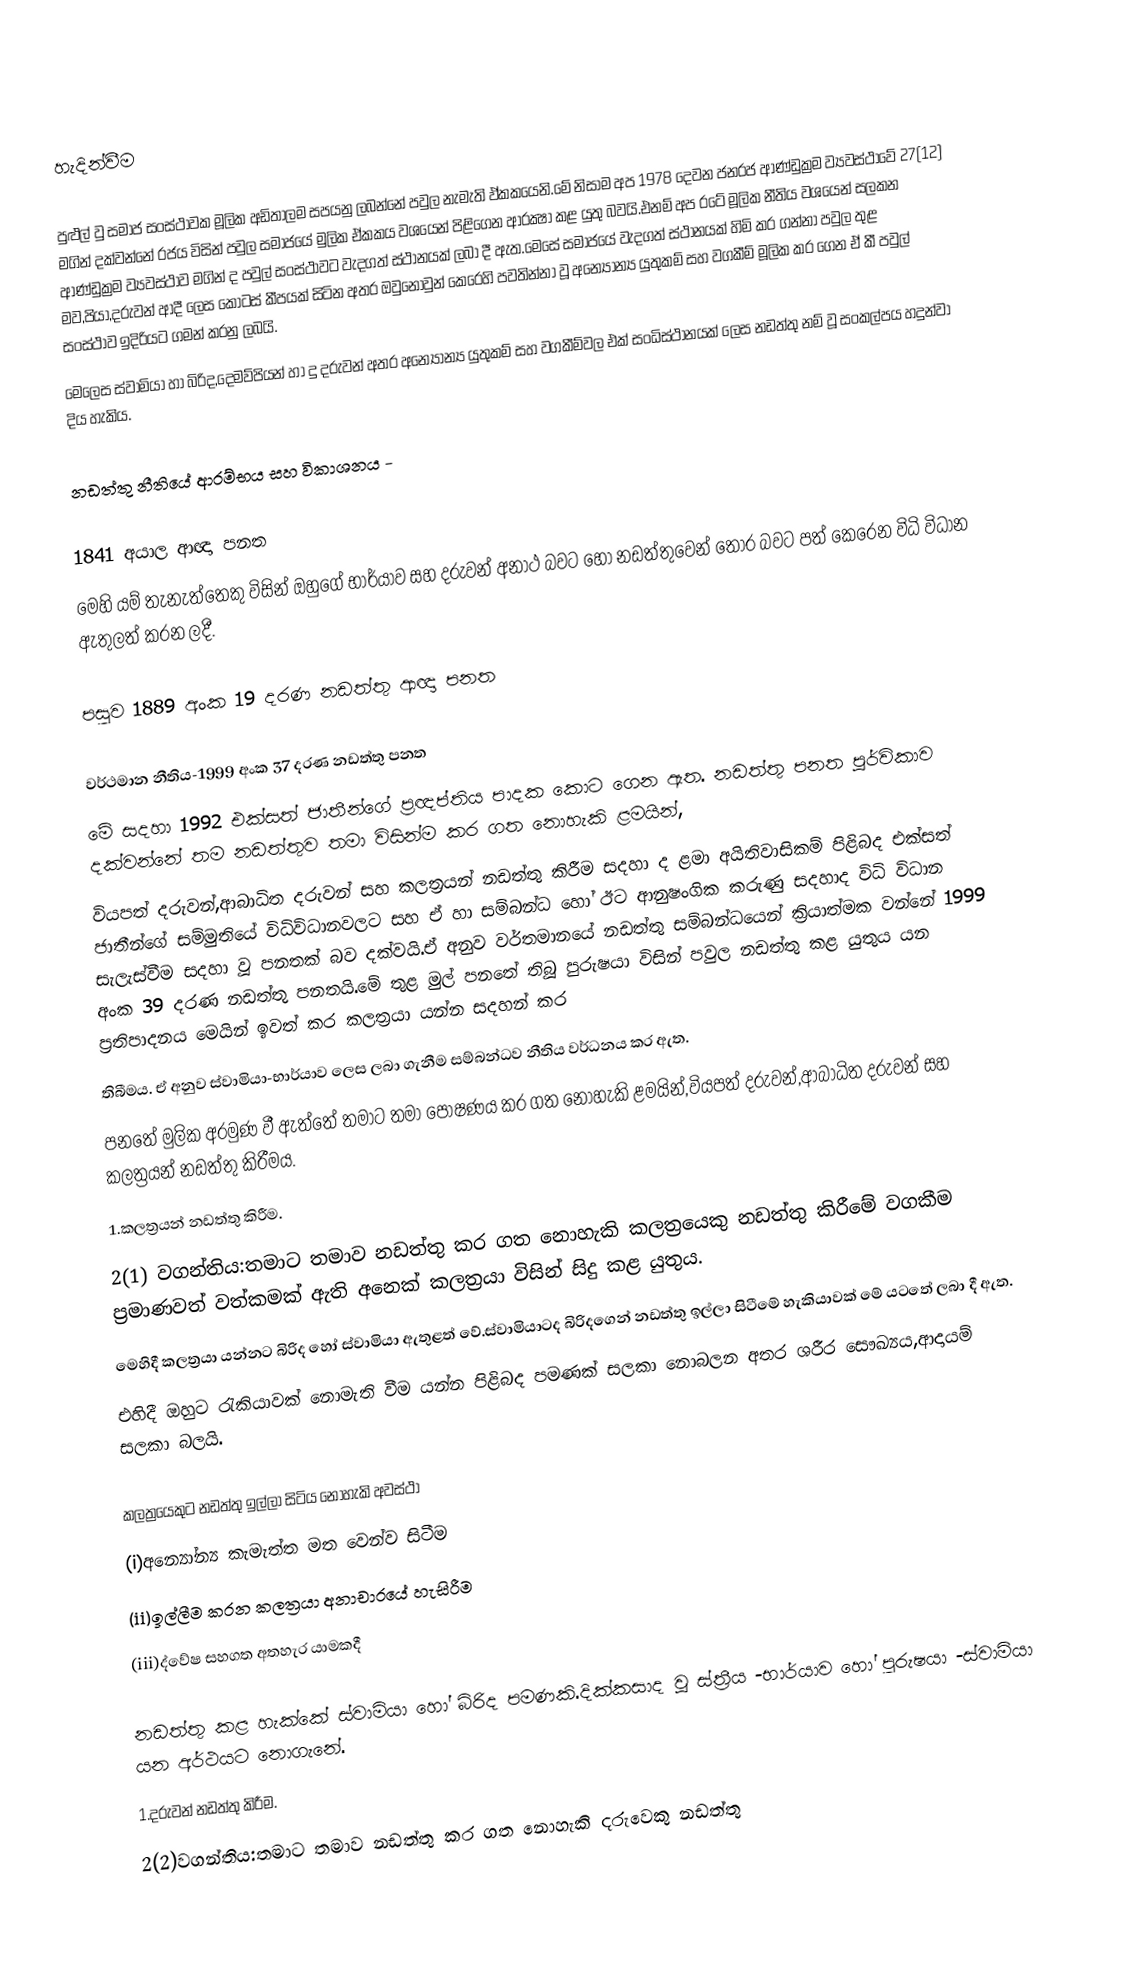

හැදින්වීම

පුළුල් වු සමාජ සංස්ථාවක ‍මූලික අඩිතාලම සපයනු ලබන්නේ පවුල නැමැති ඵ්කකයෙනි.මේ නිසාම අප 1978 දෙවන ජනරජ ආණ්ඩුක්‍රම ව්‍යවස්ථාවේ 27(12) මගින් දක්වන්නේ රජය විසින් පවුල සමාජයේ මුලික ඒකකය වශයෙන් පිළිගෙන ආරක්‍ෂා කළ යුතු බවයි.එනම් අප රටේ මූලික නීතිය වශයෙන් සලකන ආණ්ඩුක්‍රම ව්‍යවස්ථාව මගින් ද පවුල් සංස්ථාවට වැදගත් ස්ථානයක් ලබා දී ඇත.මෙසේ සමාජයේ වැදගත් ස්ථානයක් හිමි කර ගන්නා පවුල තුළ මව,පියා,දරුවන් ආදී ලෙස කොටස් කීපයක් සිටින අතර ඔවුනොවුන් කෙරෙහි පවතින්නා වූ අන්‍යෝන්‍ය යුතුකම් සහ වගකීම් මූලික කර ගෙන ඒ කී පවුල් සංස්ථාව ඉදිරියට ගමන් කරනු ලබයි.
මෙලෙස ස්වාමියා හා බිරිද,දෙමව්පියන් හා දු දරුවන් අතර අන්‍යෝන්‍ය යුතුකම් සහ වගකීම්වල එක් සංධිස්ථානයක් ලෙස නඩත්තු නම් වූ සංකල්පය හදුන්වා දිය හැකිය.

නඩත්තු නීතියේ ආරම්භය සහ විකාශනය -

1841 අයාල ආඥා පනත
මෙහි යම් තැනැත්තෙකු විසින් ඔහුගේ භාර්යාව සහ දරුවන් අනාථ බවට හෝ නඩත්තුවෙන් තොර බවට පත් ‍කෙරෙන විධි විධාන ඇතුලත් කරන ලදී.

පසුව 1889 අංක 19 දරණ නඩත්තු ආඥා පනත

වර්ථමාන නීතිය-1999 අංක 37 දරණ නඩත්තු පනත
මේ සදහා 1992 එක්සත් ජාතීන්ගේ ප්‍රඥප්තිය පාදක කොට ගෙන ඇත. නඩත්තු පනත පූර්විකාව දක්වන්නේ තම නඩත්තුව තමා විසින්ම කර ගත නොහැකි ළමයින්,
වියපත් දරුවන්,ආබාධිත දරුවන් සහ කලත්‍රයන් නඩත්තු කිරීම සදහා ද ළමා අයිතිවාසිකම් පිළිබද එක්සත් ජාතීන්ගේ සම්මුතියේ විධිවිධානවලට සහ ඒ හා සම්බන්ධ හෝ ඊට ආනුෂංගික කරුණු සදහාද විධි විධාන සැලැස්වීම සදහා වූ පනතක් බව දක්වයි.ඒ අනුව වර්තමානයේ නඩත්තු සම්බන්ධයෙන් ක්‍රියාත්මක වන්නේ 1999 අංක 39 දරණ නඩත්තු පනතයි.‍මේ තුළ මුල් පන‍තේ තිබූ පුරුෂයා විසින් පවුල නඩත්තු කළ යුතුය යන ප්‍රතිපාදනය මෙයින් ඉවත් කර කලත්‍රයා යන්න සදහන් කර
තිබීමය. ඒ අනුව ස්වාමියා-භාර්යාව ලෙස ලබා ගැනීම සම්බන්ධව නීතිය වර්ධනය කර ඇත.
පන‍තේ මුලික අරමුණ වී ඇත්තේ තමාට තමා පෝෂණය කර ගත නොහැකි ළමයින්,වියපත් දරුවන්,ආබාධිත දරුවන් සහ කලත්‍රයන් නඩත්තු කිරීමය.
1.කලත්‍රයන් නඩත්තු  කිරීම.
2(1) වගන්තිය:තමාට තමාව නඩත්තු කර ගත නොහැකි කලත්‍රයෙකු නඩත්තු කිරීමේ වගකීම ප්‍රමාණවත් වත්කමක් ඇති අනෙක් කලත්‍රයා විසින් සිදු කළ යුතුය.
මෙහිදී කලත්‍රයා යන්නට බිරිද හෝ ස්වාමියා ඇතුළත් වේ.ස්වාමියාටද බිරිදගෙන් නඩත්තු ඉල්ලා සිටීමේ හැකියාවක් මේ යටතේ ලබා දී ඇත.
එහිදී ඔහුට රැකියාවක් නොමැති වීම යන්න පිළිබද පමණක් සලකා නොබලන අතර ශරීර සෞඛ්‍යය,ආදායම් සලකා බලයි.

කලත්‍රයෙකුට  නඩත්තු ඉල්ලා සිටිය නොහැකි අවස්ථා
(i)අන්‍යෝන්‍ය කැමැත්ත මත වෙන්ව සිටීම
(ii)ඉල්ලීම කරන කලත්‍රයා අනාචාරයේ හැසිරීම
(iii)ද්වේෂ සහගත අතහැර යාමකදී

නඩත්තු කළ හැක්කේ ස්වාමියා හෝ බිරිද පමණකි.දික්කසාද වූ ස්ත්‍රීය -භාර්යාව හෝ පුරුෂයා -ස්වාමියා යන අර්ථයට නොගැනේ.
1.දරුවන් නඩත්තු කිරීම.
2(2)වගන්තිය:තමාට තමාව නඩත්තු කර ගත නොහැකි දරුවෙකු නඩත්තු